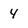
Character: 4